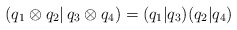
\begin{align*}(q_{1}\otimes q_{2}\vert \, q_{3}\otimes q_{4} ) = (q_{1}\vert q_{3} )(q_{2}\vert q_{4} )\end{align*}